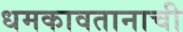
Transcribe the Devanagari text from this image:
धमकावतानाची